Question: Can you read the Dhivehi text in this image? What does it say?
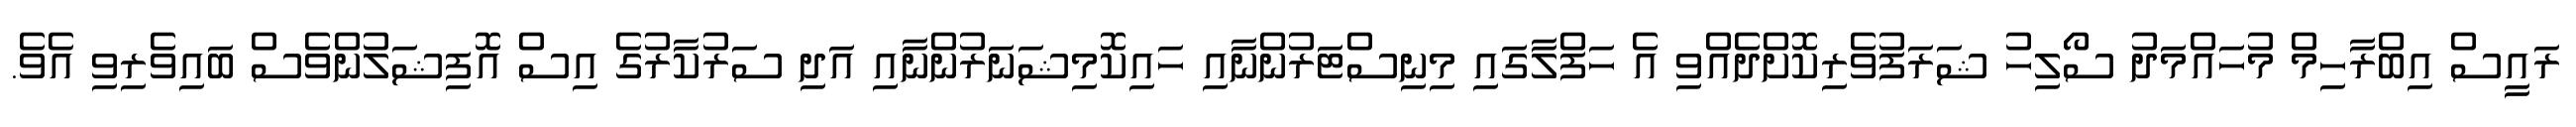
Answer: ރައީސް އިބްރާހިމް މުހައްމަދު ސޯލިހު ޝަރަފުވެރިކޮށްދެއްވި އެ ހަފްލާގައި މިނިސްޓަރުންނާއި ހައިކޮމިޝަނަރުންނާއި އަދި ސަރުކާރުގެ އިސް އޮފިޝަލުންވެސް ބައިވެރިވި އެވެ.